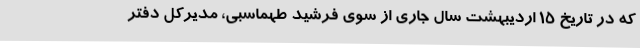
که در تاریخ 15 اردیبهشت سال جاری از سوی فرشید طهماسبی، مدیرکل دفتر